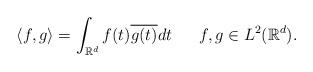
LaTeX: \begin{align*}\langle f,g\rangle=\int_{\mathbb{R}^d}f(t)\overline{g(t)}dt \ \ \ \ \ f,g\in L^2(\mathbb{R}^d).\end{align*}